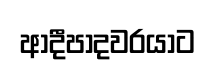
ආදීපාදවරයාට